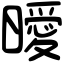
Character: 曖